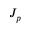
J _ { p }